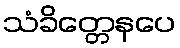
သံခိတ္တေနပေ